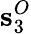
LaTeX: \textbf{s}_{3}^{O}